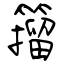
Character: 籀